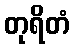
တုရိတံ